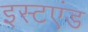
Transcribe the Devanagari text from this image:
इस्टएंड